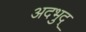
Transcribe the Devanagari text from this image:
अदभुद्